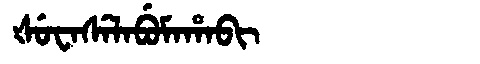
Manchu: ᡧᡠᠸᠠᠰᡝᠯᠠᠪᡠᠮᠠᡥᠠᠪᡳ
Romanization: ŠUWASELABUMAHABI